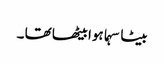
بیٹا سہما ہوا بیٹھا تھا ۔